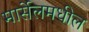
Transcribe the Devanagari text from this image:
मार्सेलमधील